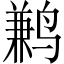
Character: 鹣